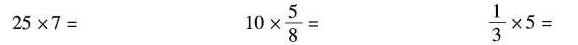
$$2 5 \times 7 =$$ $$1 0 \times \frac { 5 } { 8 } =$$ $$\frac { 1 } { 3 } \times 5 =$$